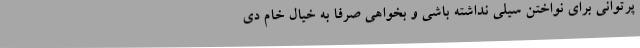
پرتوانی برای نواختن سیلی نداشته باشی و بخواهی صرفا به خیال خام دی